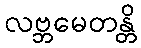
လဗ္ဘမေတန္တိ